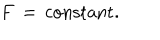
F \, = \, \mathrm { c o n s t a n t } .